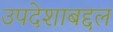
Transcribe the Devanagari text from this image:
उपदेशाबद्दल